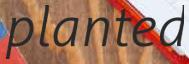
planted